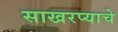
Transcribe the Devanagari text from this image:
साखरप्याचे